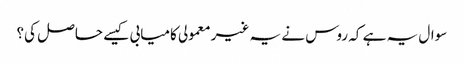
سوال یہ ہے کہ روس نے یہ غیر معمولی کامیابی کیسے حاصل کی؟